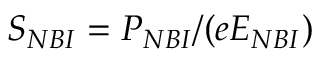
S _ { N B I } = P _ { N B I } / ( e E _ { N B I } )